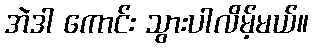
အဲဒါ ကောင်း သွားပါလိမ့်မယ်။